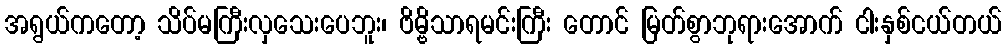
အရွယ်ကတော့ သိပ်မကြီးလှသေးပေဘူး၊ ဗိမ္ဗိသာရမင်းကြီး တောင် မြတ်စွာဘုရားအောက် ငါးနှစ်ငယ်တယ်